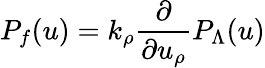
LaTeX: P_{f}(u)=k_{\rho}{\frac{\partial}{\partial u_{\rho}}}P_{\Lambda}(u)